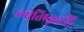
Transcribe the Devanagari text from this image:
ज्योतिष्कृदसि